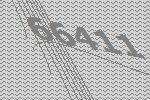
66411